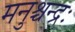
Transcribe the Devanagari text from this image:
मनुश्चन्द्रः